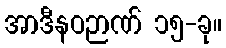
အာဒီနဝဉာဏ် ၁၅-ခု။